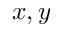
x , y